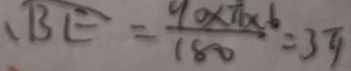
、 B E = \frac { 9 0 \times \pi \times 6 } { 1 8 0 } = 3 \pi